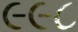
૯૯૮